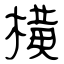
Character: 横